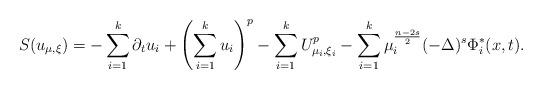
LaTeX: \begin{align*}S(u_{\mu, \xi}) = -\sum_{i=1}^k\partial_tu_i + \left(\sum_{i=1}^ku_i\right)^p - \sum_{i=1}^kU^p_{\mu_i,\xi_i} - \sum_{i=1}^k\mu_i^{\frac{n-2s}{2}}(-\Delta)^s\Phi_i^*(x, t).\end{align*}